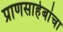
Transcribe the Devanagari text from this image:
प्राणसाहेबांचा